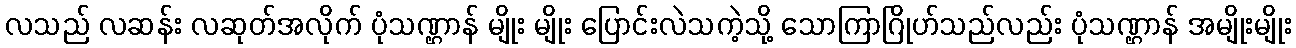
လသည် လဆန်း လဆုတ်အလိုက် ပုံသဏ္ဌာန် မျိုး မျိုး ပြောင်းလဲသကဲ့သို့ သောကြာဂြိုဟ်သည်လည်း ပုံသဏ္ဌာန် အမျိုးမျိုး